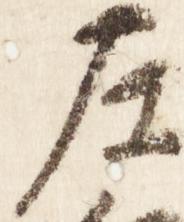
左